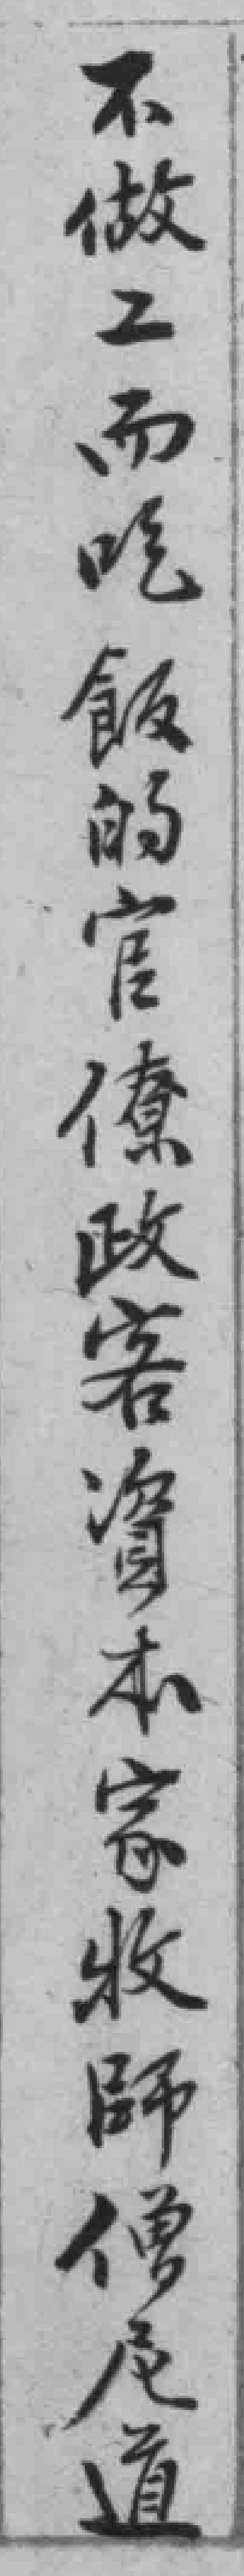
不做工而吃飯的官僚政客資本家牧師僧尼道